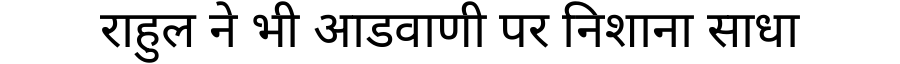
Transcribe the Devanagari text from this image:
राहुल ने भी आडवाणी पर निशाना साधा